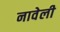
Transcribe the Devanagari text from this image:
नावेली